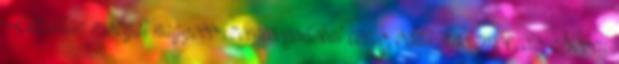
Célzottan mozgat nagyobb izomcsoportokat comb, vádli, hasizmok, stb. Növeli